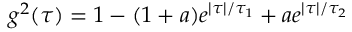
g ^ { 2 } ( \tau ) = 1 - ( 1 + a ) e ^ { | \tau | / \tau _ { 1 } } + a e ^ { | \tau | / \tau _ { 2 } }